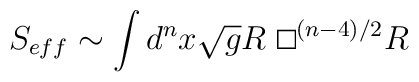
S_{eff}\sim \int d^n x \sqrt{g} R ~\raisebox{.7ex}{\fbox{}}^{(n-4)/2} R